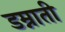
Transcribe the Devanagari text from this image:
डम्नाती